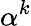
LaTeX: \alpha^{k}